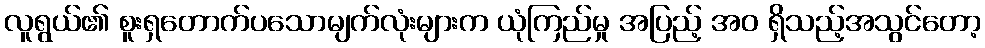
လူရွယ်၏ စူးရှတောက်ပသောမျက်လုံးများက ယုံကြည်မှု အပြည့် အဝ ရှိသည့်အသွင်တော့